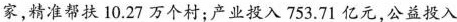
家，精准帮扶10.27万个村；产业投入753.71亿元，公益投入